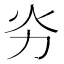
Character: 𠠽